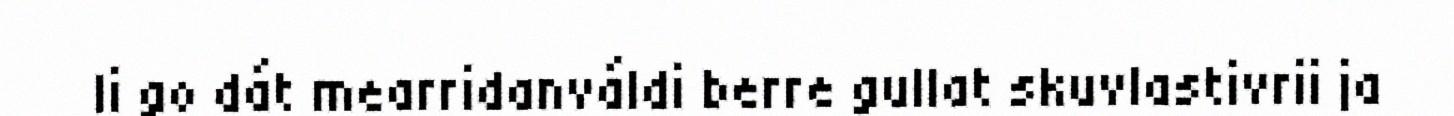
Ii go dát mearridanváldi berre gullat skuvlastivrii ja